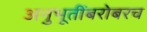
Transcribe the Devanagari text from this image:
अनुभूतींबरोबरच